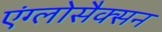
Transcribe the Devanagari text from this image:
एंग्लोसैक्सन